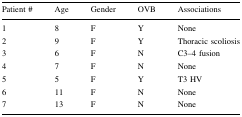
<table><thead><tr><td><b>Patient #</b></td><td><b>Age</b></td><td><b>Gender</b></td><td><b>OVB</b></td><td><b>Associations</b></td></tr></thead><tbody><tr><td>1</td><td>8</td><td>F</td><td>Y</td><td>None</td></tr><tr><td>2</td><td>9</td><td>F</td><td>Y</td><td>Thoracic scoliosis</td></tr><tr><td>3</td><td>6</td><td>F</td><td>N</td><td>C3–4 fusion</td></tr><tr><td>4</td><td>7</td><td>F</td><td>N</td><td>None</td></tr><tr><td>5</td><td>5</td><td>F</td><td>Y</td><td>T3 HV</td></tr><tr><td>6</td><td>11</td><td>F</td><td>N</td><td>None</td></tr><tr><td>7</td><td>13</td><td>F</td><td>N</td><td>None</td></tr></tbody></table>